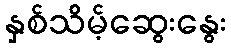
နှစ်သိမ့်ဆွေးနွေး